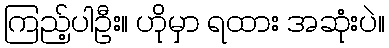
ကြည့်ပါဦး။ ဟိုမှာ ရထား အဆုံးပဲ။